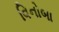
વિનોબા